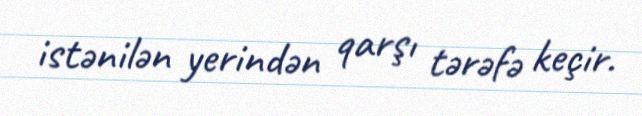
istənilən yerindən qarşı tərəfə keçir.